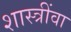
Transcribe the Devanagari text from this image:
शास्त्रींवा